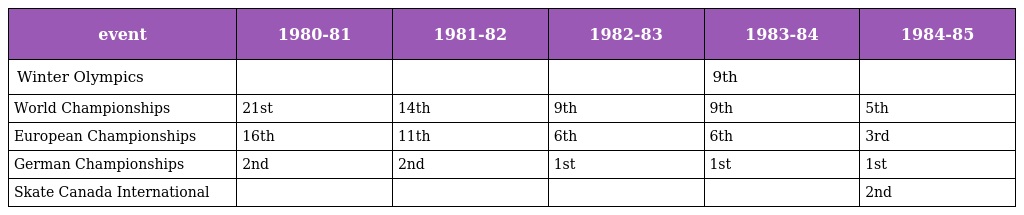
| event | 1980-81 | 1981-82 | 1982-83 | 1983-84 | 1984-85 |
 | --- | --- | --- | --- | --- | --- |
 | Winter Olympics |  |  |  | 9th |  |
 | World Championships | 21st | 14th | 9th | 9th | 5th |
 | European Championships | 16th | 11th | 6th | 6th | 3rd |
 | German Championships | 2nd | 2nd | 1st | 1st | 1st |
 | Skate Canada International |  |  |  |  | 2nd |